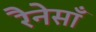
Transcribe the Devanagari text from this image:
रैनेसाँ